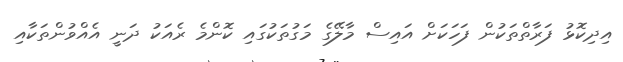
އިދިކޮޅު ފަރާތްތަކުން ފަހަކަށް އައިސް މާލޭގެ މަގުތަކުގައި ކޮންމެ ރެއަކު ދަނީ އެއްވުންތަކާއި